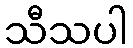
သီသပါ